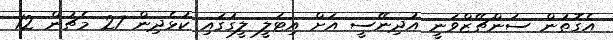
އެގޮތުން ސަންޗޭޒްވަނީ އުދިނޭސީ އަށް އިޓަލީ ލީގުގައި ކުޅެދިން 27 މެޗުން 12